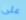
على